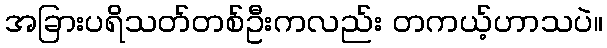
အခြားပရိသတ်တစ်ဦးကလည်း တကယ့်ဟာသပဲ။